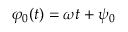
\varphi _ { 0 } ( t ) = \omega t + \psi _ { 0 }